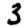
Digit: 3